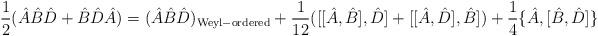
LaTeX: \begin{align*} \frac{1}{2}(\hat{A}\hat{B}\hat{D}+\hat{B}\hat{D}\hat{A})= (\hat{A}\hat{B}\hat{D})_{\rm Weyl-ordered}+ \frac{1}{12}([[\hat{A},\hat{B}],\hat{D}]+ [[\hat{A},\hat{D}],\hat{B}])+ \frac{1}{4}\{\hat{A},[\hat{B},\hat{D}]\}\end{align*}